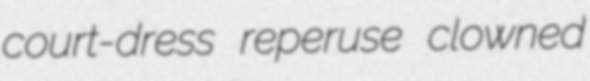
court-dress reperuse clowned